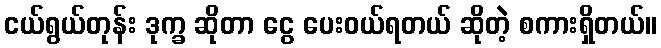
ငယ်ရွယ်တုန်း ဒုက္ခ ဆိုတာ ငွေ ပေးဝယ်ရတယ် ဆိုတဲ့ စကားရှိတယ်။